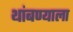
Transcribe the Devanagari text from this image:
थांबण्याला